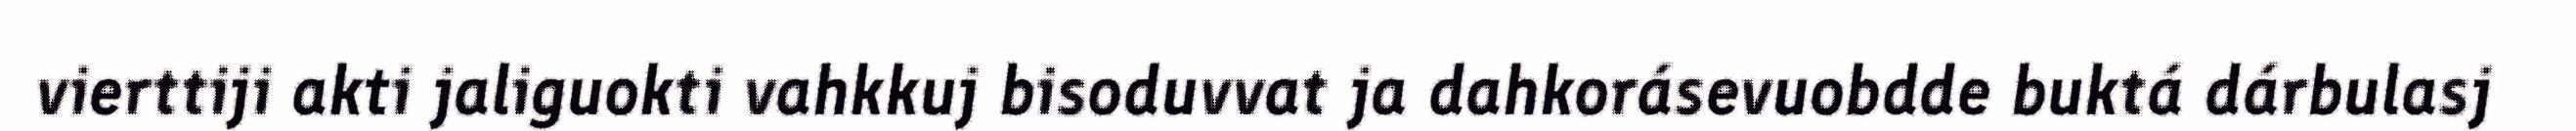
vierttiji akti jaliguokti vahkkuj bisoduvvat ja dahkorásevuobdde buktá dárbulasj